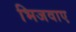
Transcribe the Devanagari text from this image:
भिजवाए